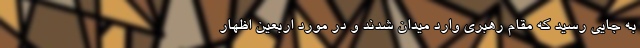
به جایی رسید که مقام رهبری وارد میدان شدند و در مورد اربعین اظهار